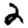
Digit: 2